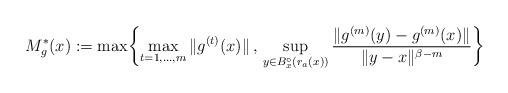
LaTeX: \begin{align*}M_{g}^*(x):=\max \biggl\{ \max_{t=1, \ldots, m} \|g^{(t)}(x) \| \, , \, \sup_{y \in B_x^\circ(r_a(x))} \frac{\|g^{(m)}(y)-g^{(m)}(x) \|}{\|y-x\|^{\beta-m}} \biggr\}\end{align*}